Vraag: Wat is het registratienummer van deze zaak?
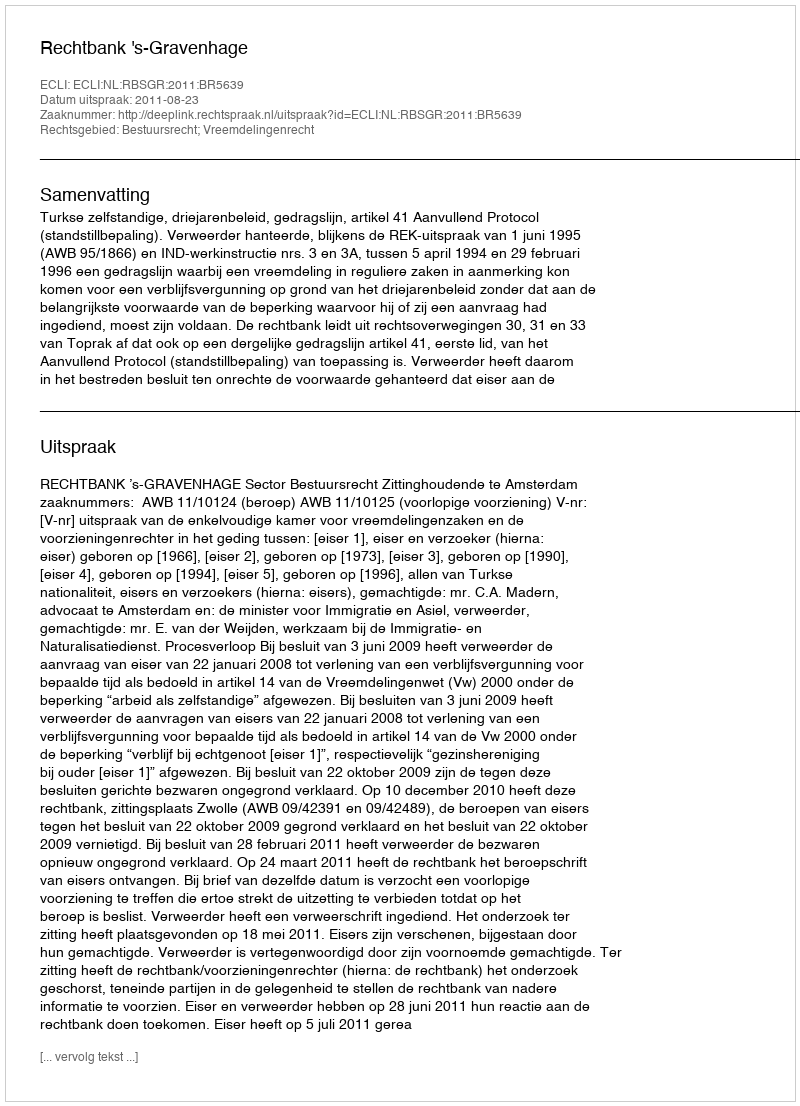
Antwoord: http://deeplink.rechtspraak.nl/uitspraak?id=ECLI:NL:RBSGR:2011:BR5639